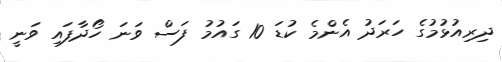
ދިރިއުޅުމުގެ ހަރަދު އެންމެ ކުޑަ 10 ގައުމު ފަސް ވަނަ ހޯދާފައި ވަނީ